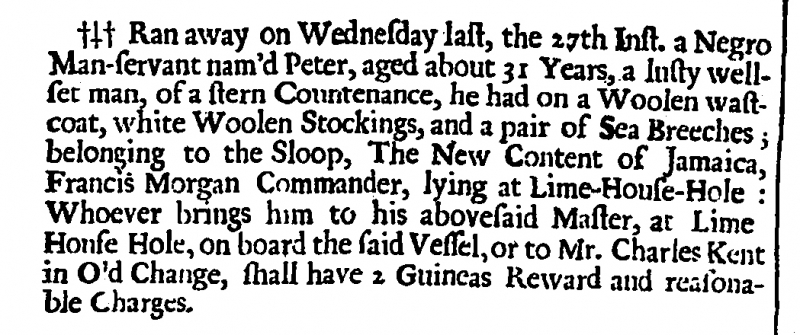
London Post with Intelligence Foreign and Domestick, 29 August 1701 (England)
Ran away on Wednesday last, the 27th Inst. a Negro Man-servant nam’d Peter, aged about 31 Years, a lusty well-set man, of a stern Countenance, he had on a Woolen wastcoat, white Woolen Stockings, and a pair of Sea Breeches; belonging to the Sloop, The New Content of Jamaica, Francis Morgan Commander, lying at Lime-House-Hole: Whoever brings him to his abovesaid Master, at Lime House Hole, on board the said Vessel, or to Mr. Charles Kent in Old Change, shall have 2 Guineas Reward and reasonable Charges.